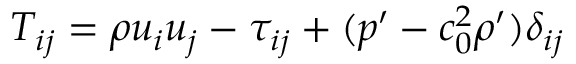
T _ { i j } = \rho u _ { i } u _ { j } - \tau _ { i j } + ( p ^ { \prime } - c _ { 0 } ^ { 2 } \rho ^ { \prime } ) \delta _ { i j }